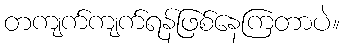
တကျက်ကျက်ရန်ဖြစ်နေကြတာပဲ။